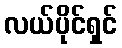
လယ်ပိုင်ရှင်